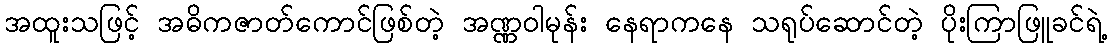
အထူးသဖြင့် အဓိကဇာတ်ကောင်ဖြစ်တဲ့ အဏ္ဏဝါမုန်း နေရာကနေ သရုပ်ဆောင်တဲ့ ပိုးကြာဖြူခင်ရဲ့